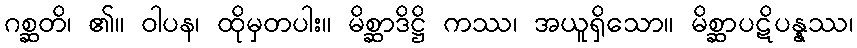
ဂစ္ဆတိ၊ ၏။ ဝါပန၊ ထိုမှတပါး။ မိစ္ဆာဒိဋ္ဌိ ကဿ၊ အယူရှိသော။ မိစ္ဆာပဋိပန္နဿ၊